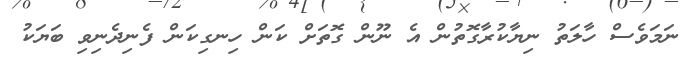
ނަމަވެސް ހާލަތު ނިޔާކުރާގޮތުން އެ ނޫން ގޮތަށް ކަން ހިނގިކަން ފެނިދެނިވި ބަޔަކު